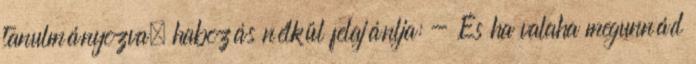
tanulmányozva, habozás nélkül felajánlja: - És ha valaha megunnád